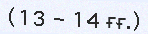
(13 - 14 ғғ.)